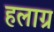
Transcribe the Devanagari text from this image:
हलाग्र